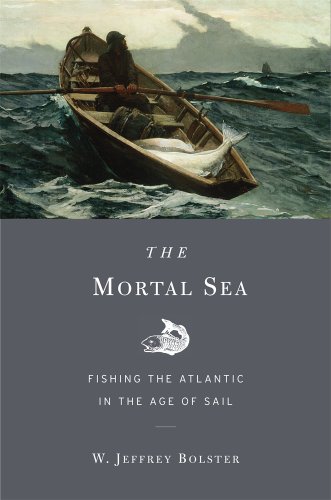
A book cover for The Mortal Sea: Fishing the Atlantic in the Age of Sail; W. Jeffrey Bolster; History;